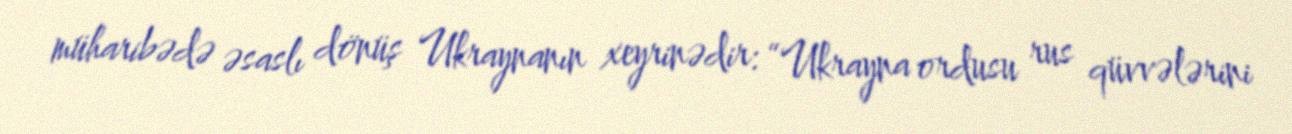
müharibədə əsaslı dönüş Ukraynanın xeyrinədir: “Ukrayna ordusu rus qüvvələrini